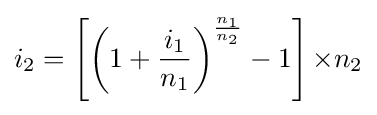
i_{2}=\left[\left(1+{\frac {i_{1}}{n_{1}}}\right)^{\frac {n_{1}}{n_{2}}}-1\right]{\times }n_{2}